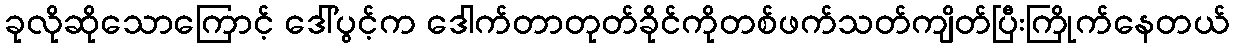
ခုလိုဆိုသောကြောင့် ဒေါ်ပွင့်က ဒေါက်တာတုတ်ခိုင်ကိုတစ်ဖက်သတ်ကျိတ်ပြီးကြိုက်နေတယ်